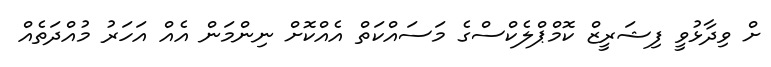
ށް ވިދާޅުވީ ފިޝަރީޒް ކޮމްޕްލެކްސްގެ މަަސައްކަތް އެއްކޮށް ނިންމަން އެއް އަހަރު މުއްދަތެއް